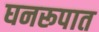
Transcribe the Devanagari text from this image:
घनरूपात